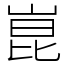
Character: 崑